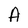
Character: A